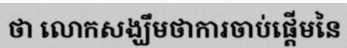
ថា លោកសង្ឃឹមថាការចាប់ផ្តើមនៃ